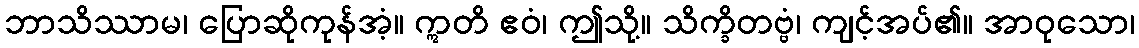
ဘာသိဿာမ၊ ပြောဆိုကုန်အံ့။ ဣတိ ဧဝံ၊ ဤသို့။ သိက္ခိတဗ္ဗံ၊ ကျင့်အပ်၏။ အာဝုသော၊